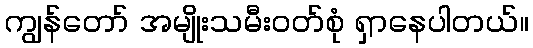
ကျွန်တော် အမျိုးသမီးဝတ်စုံ ရှာနေပါတယ်။